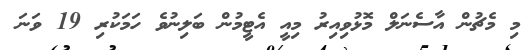
މި މެޗުން އާސެނަލް މޮޅުވިއިރު މިއީ އެޓީމުން ބަލިނުވެ ހަމަކުރި 19 ވަނަ